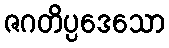
ဇဂတိပ္ပဒေသော